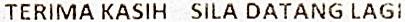
TERIMA KASIH SILA DATANG LAGI